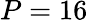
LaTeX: P=16